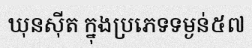
ឃុនស៊ីត ក្នុងប្រភេទទម្ងន់៥៧